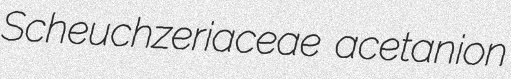
Scheuchzeriaceae acetanion